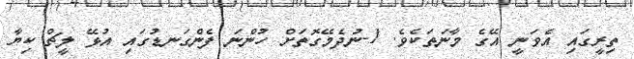
ތިރީގައި އެވަނީ އޭގެ މާނަތަކެވެ. 1-ނުދެމޭގޮތަށް ހުންނަ ފެންގަނޑުގައި އުޅޭ ލީޗް ކިޔާ